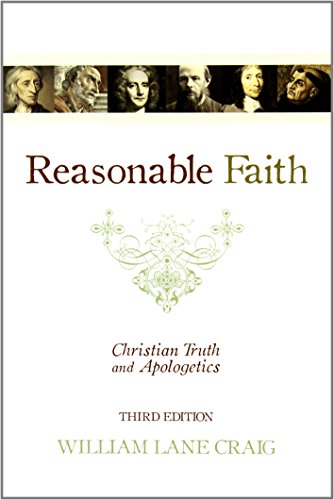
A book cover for Reasonable Faith: Christian Truth and Apologetics; William Lane Craig; Christian Books & Bibles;